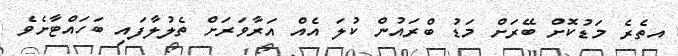
އތެރެ މަޑުކޮށް ބޭރަށް މަޑު ބްރައުން ކުލަ އެއް އަރާވަރަށް ތެލުލާފައި ބަހައްޓާށެވެ